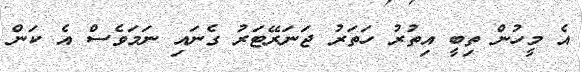
އެ މީހުން ތިބީ އިތުރު ހަތަރު ޖަނަރޭޓަރު ގެނައި ނަމަވެސް އެ ކަން